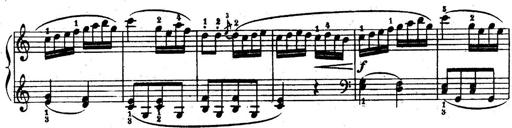
Title: 6 Piano Sonatinas
Composer: Cornelius Gurlitt